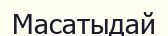
Масатыдай